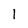
Character: 1